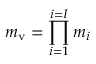
m _ { \mathrm { v } } = \displaystyle { \prod _ { i = 1 } ^ { i = I } m _ { i } }